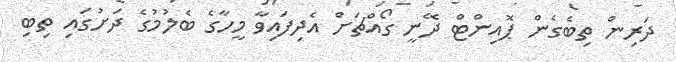
ދަރިން ތިބެގެން ޕޮއިންޓް ދޭނީ ގޯއްޗަށް އެދިފައިވާ މީހާގެ ބެލުމުގެ ދަށުގައި ތިބި